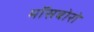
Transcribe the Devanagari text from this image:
मॉसबोरो